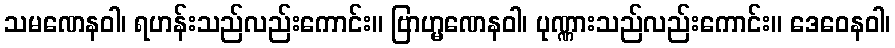
သမဏေနဝါ၊ ရဟန်းသည်လည်းကောင်း။ ဗြာဟ္မဏေနဝါ၊ ပုဏ္ဏားသည်လည်းကောင်း။ ဒေဝေနဝါ၊